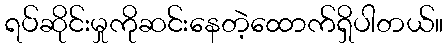
ရပ်ဆိုင်းမှုကိုဆင်းနေတဲ့ထောက်ရှိပါတယ်။